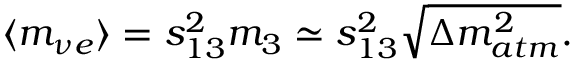
\langle m _ { \nu e } \rangle = s _ { 1 3 } ^ { 2 } m _ { 3 } \simeq s _ { 1 3 } ^ { 2 } \sqrt { \Delta m _ { a t m } ^ { 2 } } .